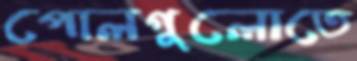
পোলগুলোতে